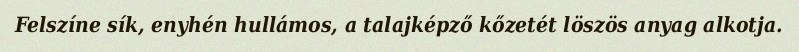
Felszíne sík, enyhén hullámos, a talajképző kőzetét löszös anyag alkotja.